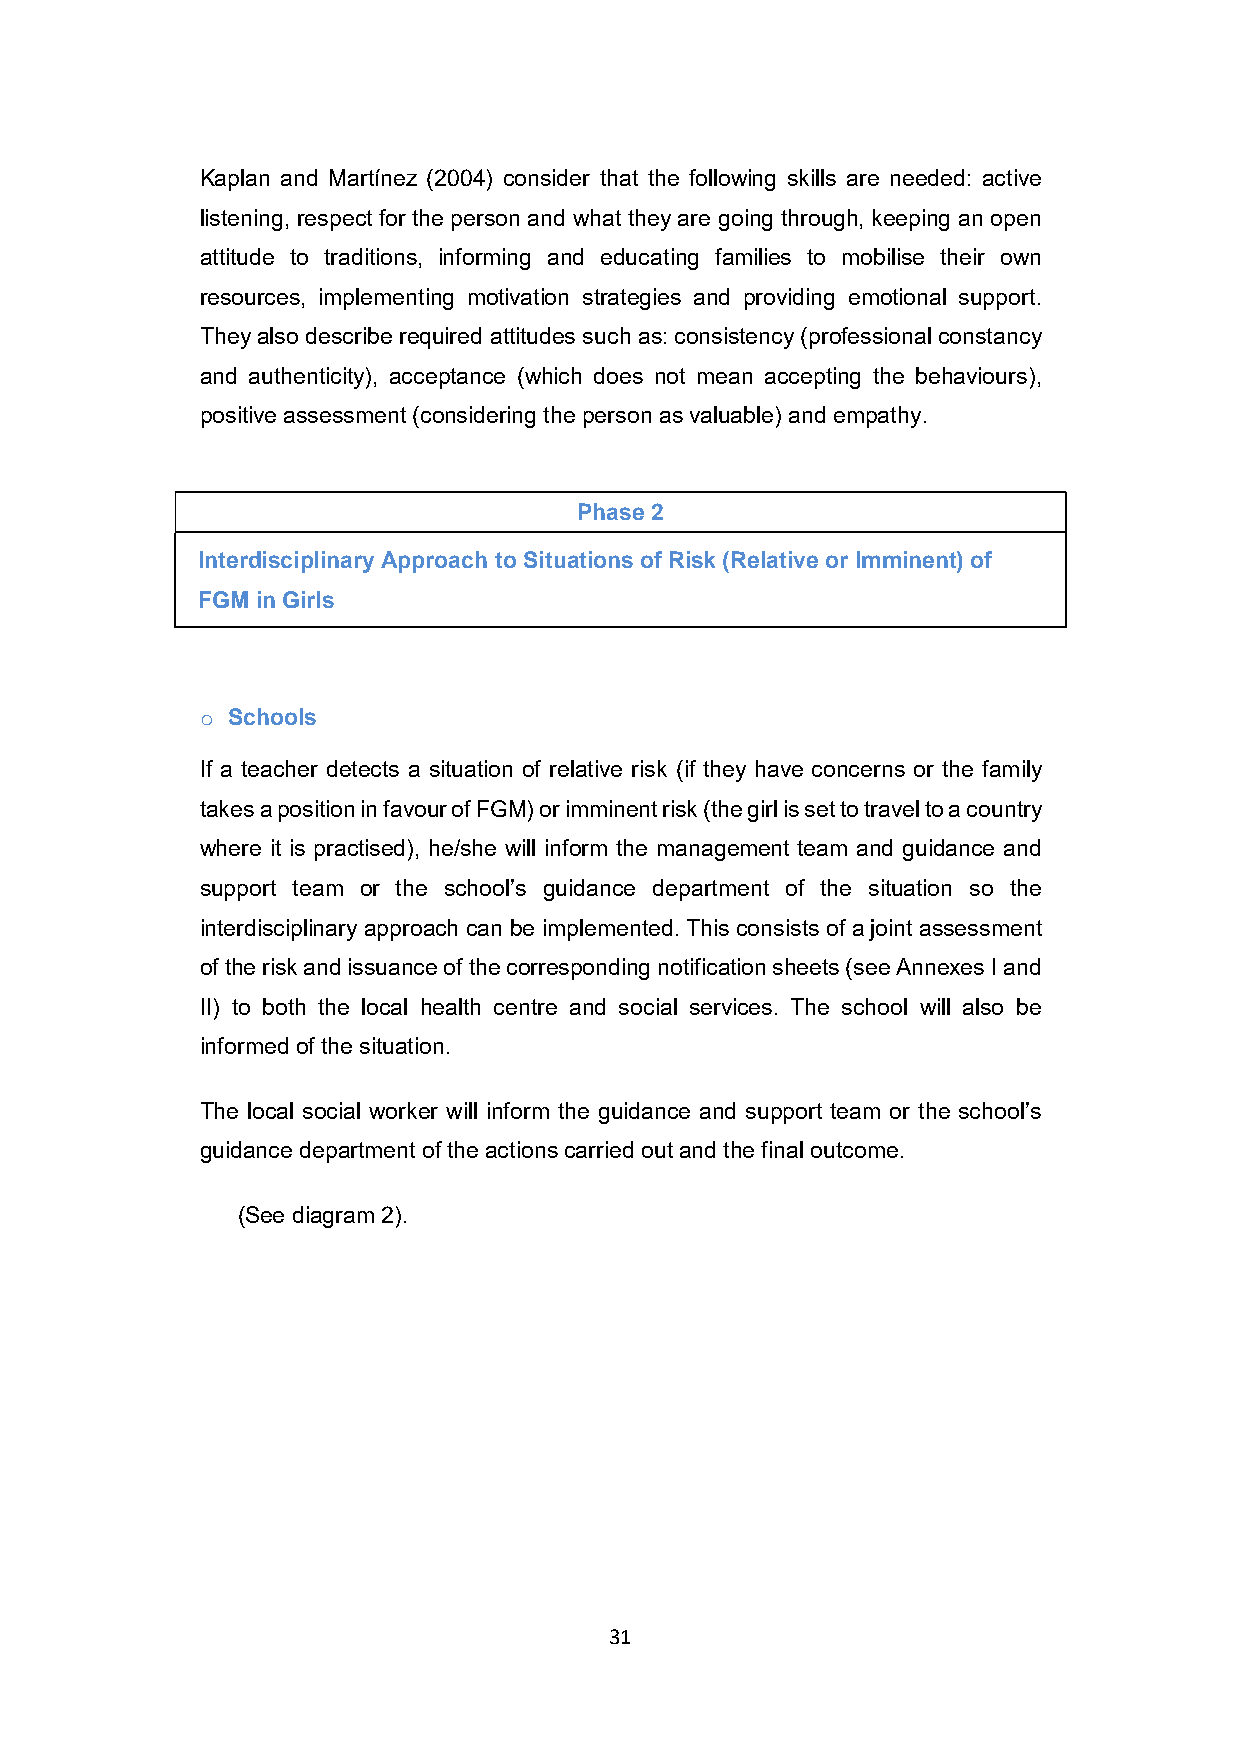
Kaplan and Martínez (2004) consider that the following skills are needed: active
 listening, respect for the person and what they are going through, keeping an open
 attitude to traditions, informing and educating families to mobilise their own
 resources, implementing motivation strategies and providing emotional support.
 They also describe required attitudes such as: consistency (professional constancy
 and authenticity), acceptance (which does not mean accepting the behaviours),
 positive assessment (considering the person as valuable) and empathy.
 Phase 2
 Interdisciplinary Approach to Situations of Risk (Relative or Imminent) of
 FGM in Girls
 o Schools
 If a teacher detects a situation of relative risk (if they have concerns or the family
 takes a position in favour of FGM) or imminent risk (the girl is set to travel to a country
 where it is practised), he/she will inform the management team and guidance and
 support team or the school’s guidance department of the situation so the
 interdisciplinary approach can be implemented. This consists of a joint assessment
 of the risk and issuance of the corresponding notification sheets (see Annexes I and
 II) to both the local health centre and social services. The school will also be
 informed of the situation.
 The local social worker will inform the guidance and support team or the school’s
 guidance department of the actions carried out and the final outcome.
 (See diagram 2).
 31